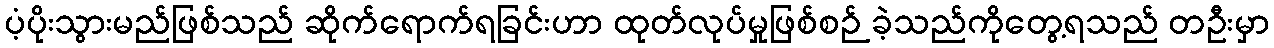
ပံ့ပိုးသွားမည်ဖြစ်သည် ဆိုက်ရောက်ရခြင်းဟာ ထုတ်လုပ်မှုဖြစ်စဉ် ခဲ့သည်ကိုတွေ့ရသည် တဦးမှာ